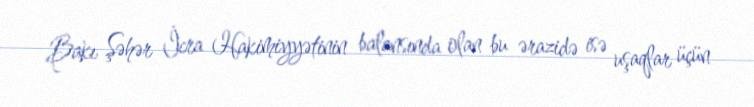
Bakı Şəhər İcra Hakimiyyətinin balansında olan bu ərazidə isə uşaqlar üçün